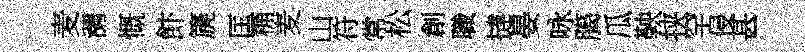
麦瀰慨飰篪匡桷麦山符常松創職撻晏咏臈瓜鞅挟罕侵甚